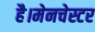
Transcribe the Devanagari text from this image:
है।मेनचेस्टर